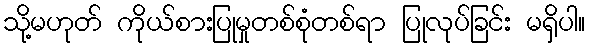
သို့မဟုတ် ကိုယ်စားပြုမှုတစ်စုံတစ်ရာ ပြုလုပ်ခြင်း မရှိပါ။